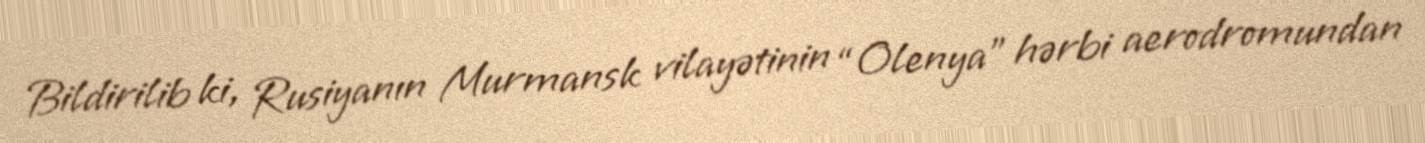
Bildirilib ki, Rusiyanın Murmansk vilayətinin “Olenya” hərbi aerodromundan